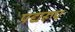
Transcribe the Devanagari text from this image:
पद्यरूप